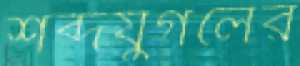
শব্দযুগলের